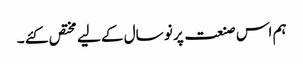
ہم اس صنعت پر نو سال کے لیے مختص کئے ۔